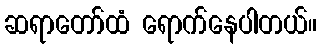
ဆရာတော်ထံ ရောက်နေပါတယ်။